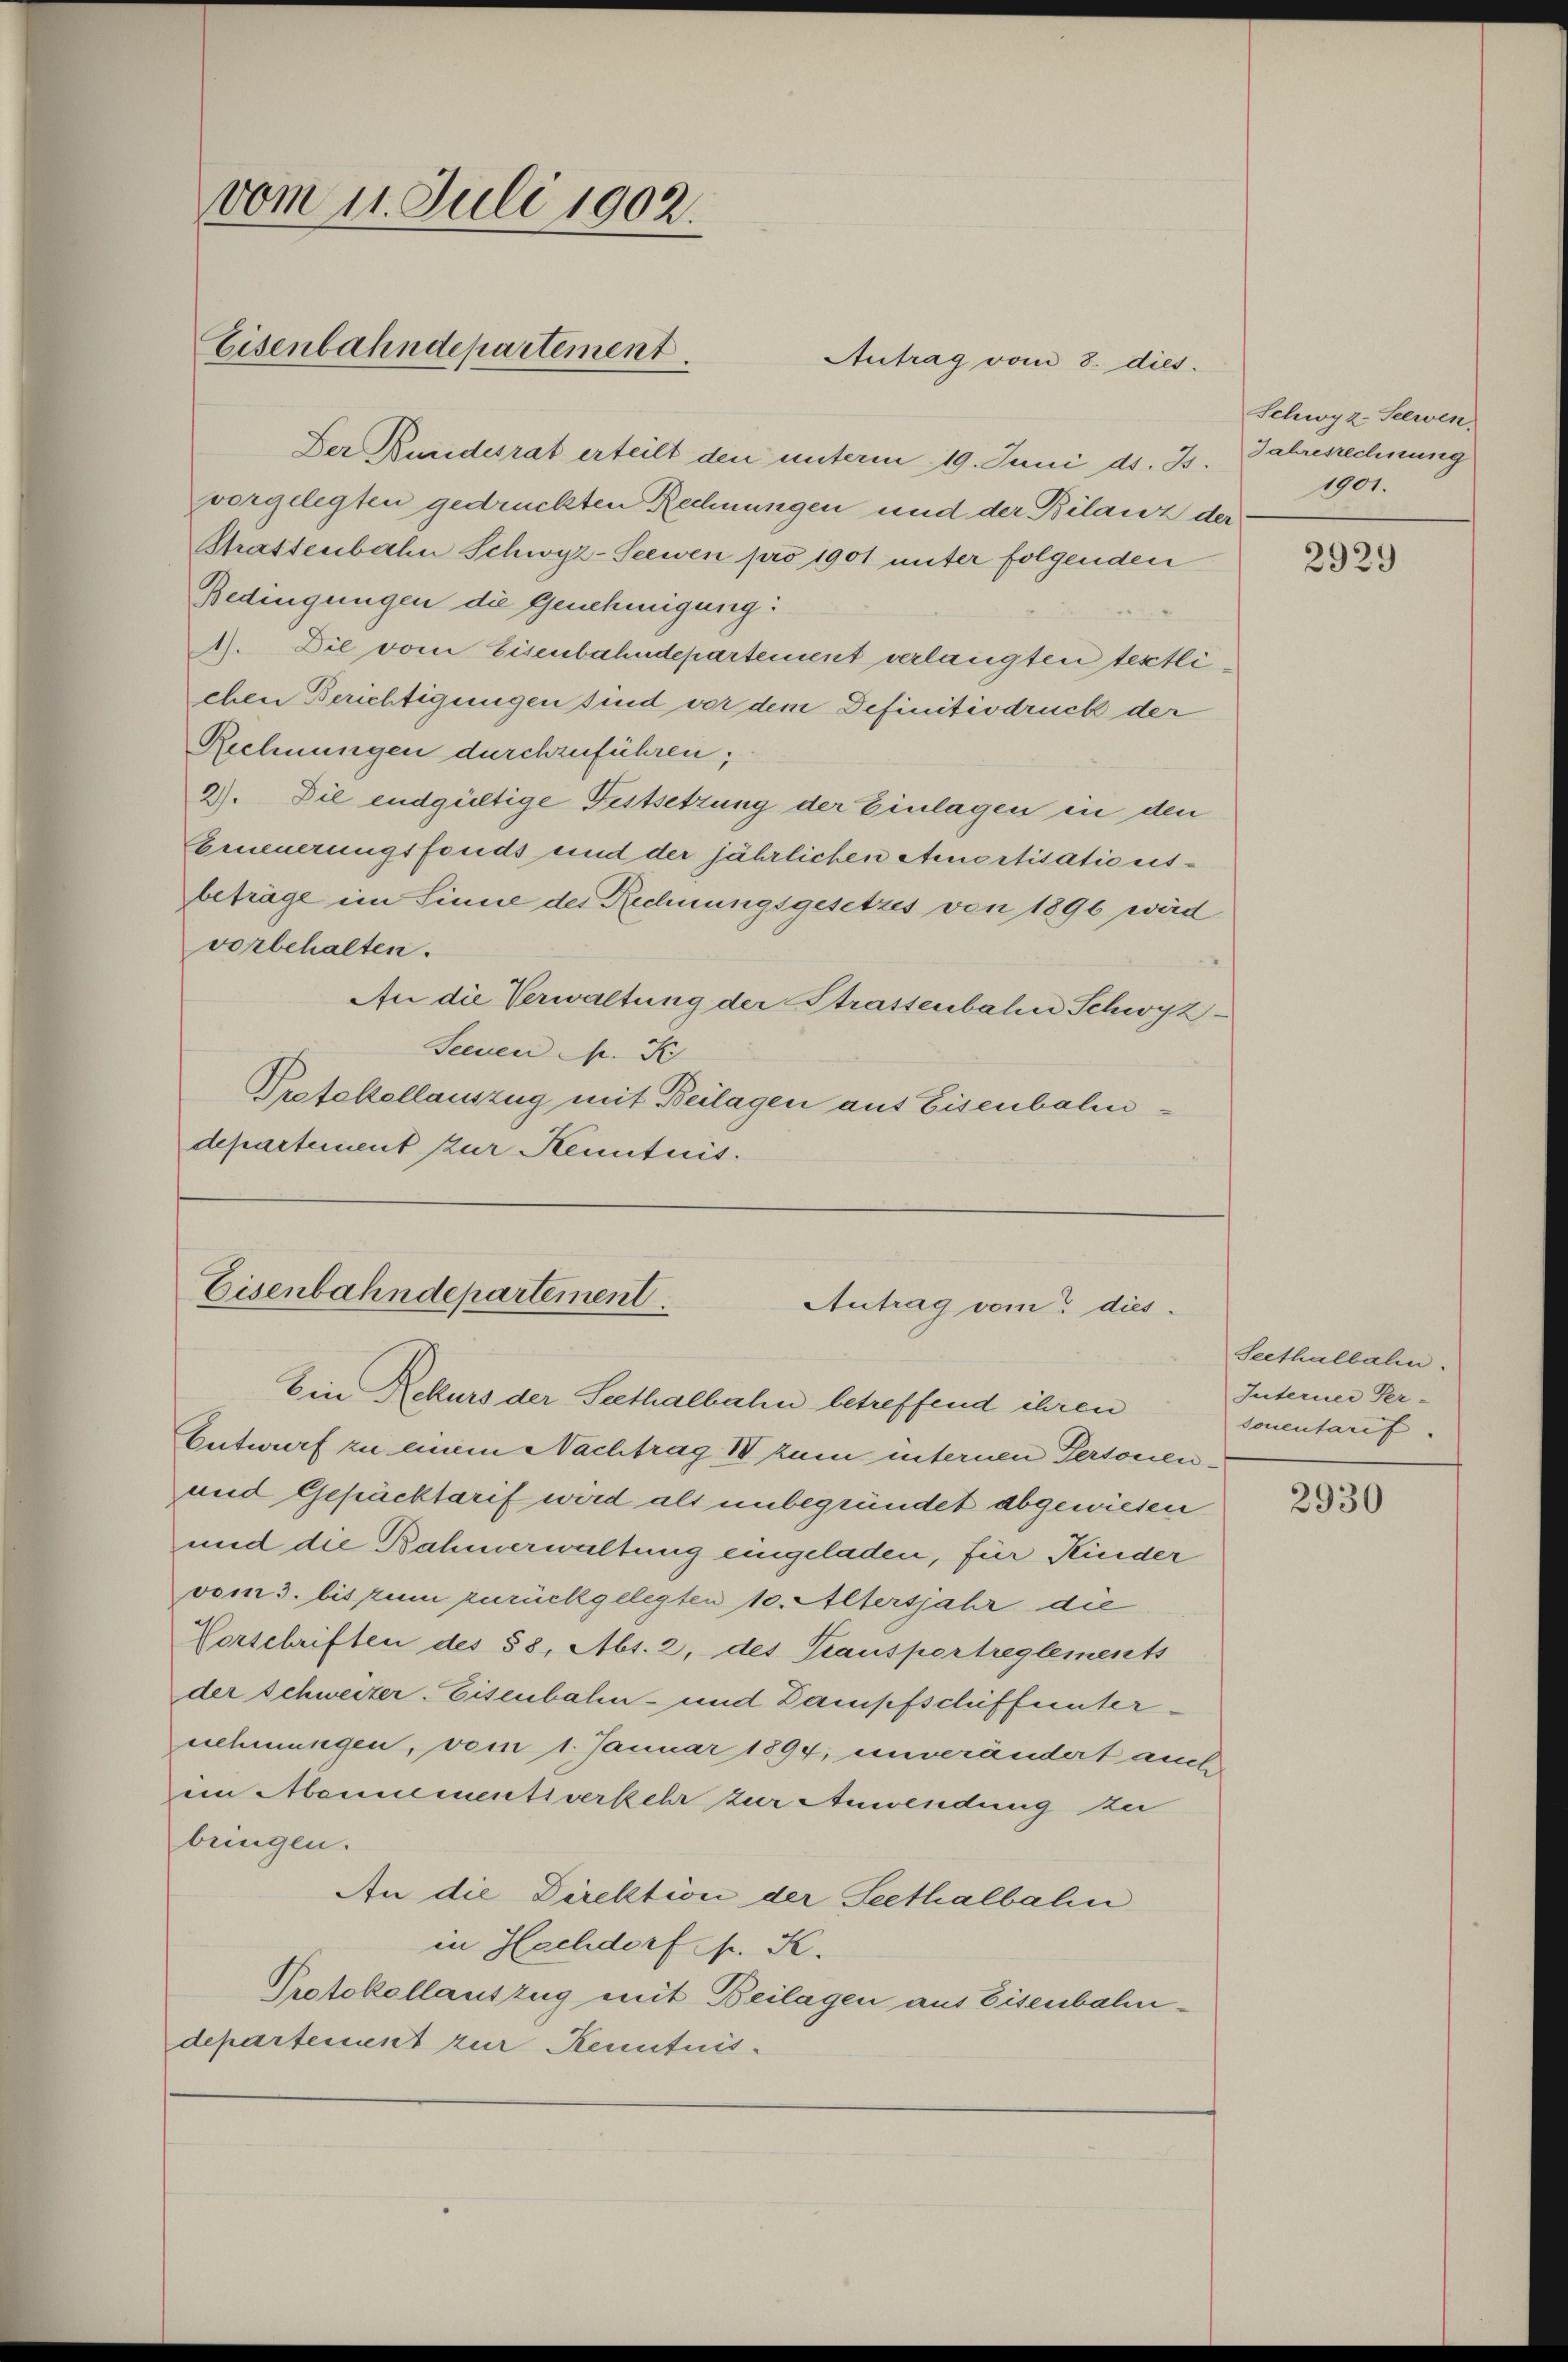
vom 11. Juli 1902.
Eisenbahndepartement

Antrag vom 8. dies

Der Bundesrat erteilt den unterm 19. Juni d. Js. Jahresrechnung
vorgelegten gedrückten Rechnungen und der Bilanz der
Strastenbahn Schwyz-Seewen pro 1901 unter folgenden
Bedingungen die Genehmigung:
). Die vom Eisenbahndepartement verlangten testlichen Berichtigungen sind vor dem Definitiodruck der
Rechnungen durchzuführen;
2). Die endgültige Festsetzung der Einlagen in den
Erneuerungsfonds und der jährlichen Amortisationsbeträge im Sinne der Rechnungsgesetzes von 1896 wird
vorbehalten.
An die Verwaltung der Strassenbahn Schwyz¬
Scenen K
Pretelzellauszug mit Beilagen aus Eisenbahndepartement zur Kenntnis.

Eisenbahndepartement.
Antrag vom dies¬
Ein Rekurs der Seethalbahn betreffend ihren

Entwurf zu einem Nachtrag I zum internen Personen¬
und Gepäcktarif wird als unbegründet abgewiesen
und die Bahnerwaltung eingeladen, für Kinder
vom 3. bis zum zurückgelegten 10. Altersjahr die
Vorschriften des 58, Abs. 2, des Trauspertreglements
der Schweizer. Eisenbahn- und Dampfschiffunternehmungen, vom 1. Januar 1894, unverändert auch
im Mannementsverkehr zur Anwendung zu
bringen.
An die Direktion der Seethalbahn
in Hochdorf s. S.
Protokollantzug mit Beilagen aus Eisenbahndepartement zur Kenntnis.

Schwyz-Selwen
1901.

2929

Seethalbalen.
Interner Per-
sonentarif

2930